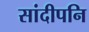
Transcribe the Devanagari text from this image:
सांदीपनि